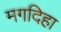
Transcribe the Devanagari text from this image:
मगदिहा